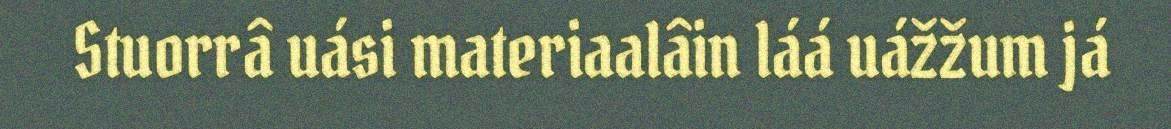
Stuorrâ uási materiaalâin láá uážžum já